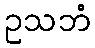
ဥသဘံ